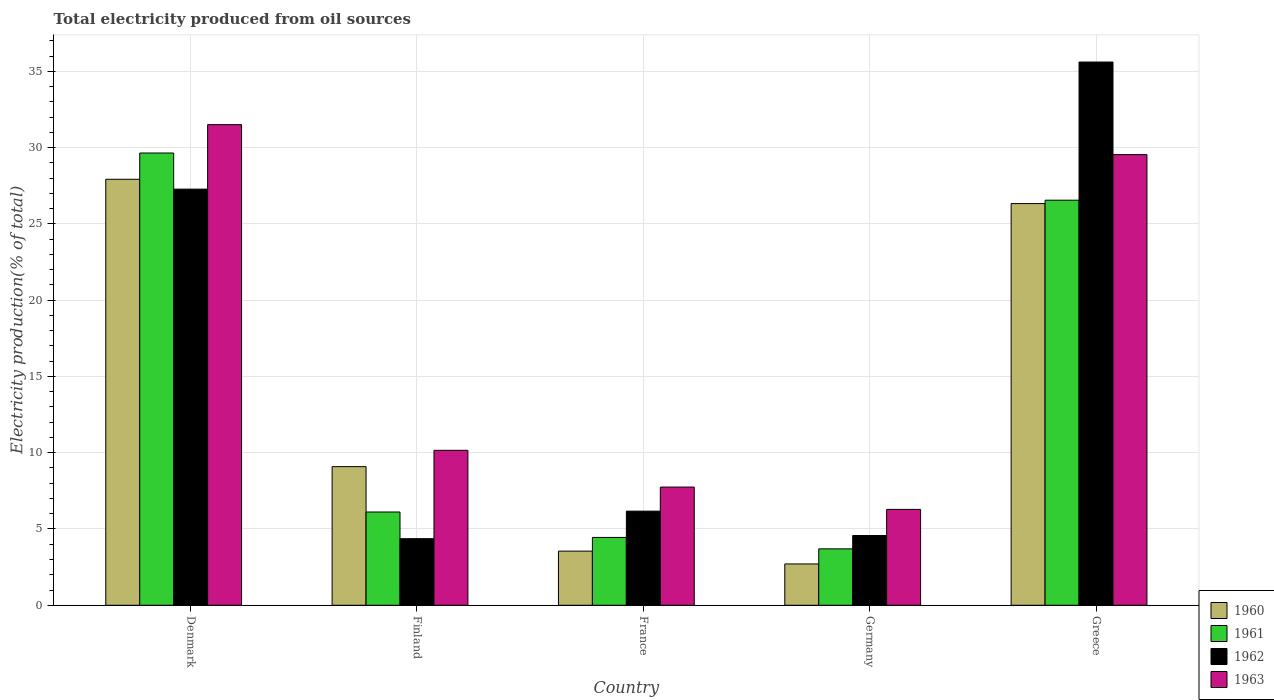
| Country | 1960 | 1961 | 1962 | 1963 |
 | --- | --- | --- | --- | --- |
 | Denmark | 27.9 | 29.6 | 27.3 | 31.5 |
 | Finland | 9.09 | 6.11 | 4.36 | 10.2 |
 | France | 3.55 | 4.45 | 6.17 | 7.75 |
 | Germany | 2.71 | 3.7 | 4.57 | 6.28 |
 | Greece | 26.3 | 26.6 | 35.6 | 29.5 |